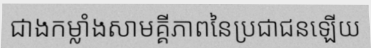
ជាងកម្លាំងសាមគ្គីភាពនៃប្រជាជនឡើយ